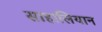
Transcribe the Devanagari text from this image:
साहालियान